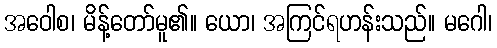
အဝေါစ၊ မိန့်တော်မူ၏။ ယော၊ အကြင်ရဟန်းသည်။ မဂေါ၊